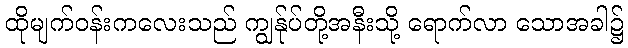
ထိုမျက်ဝန်းကလေးသည် ကျွန်ုပ်တို့အနီးသို့ ရောက်လာ သောအခါ၌